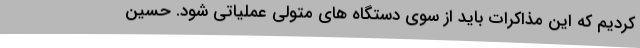
کردیم که این مذاکرات باید از سوی دستگاه های متولی عملیاتی شود. حسین